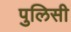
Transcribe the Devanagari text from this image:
पुलिसी